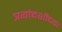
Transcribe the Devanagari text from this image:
त्रयोदशीच्या